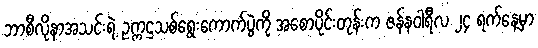
ဘာစီလိုနာအသင်းရဲ့ ဥက္ကဌသစ်ရွေးကောက်ပွဲကို အစောပိုင်းတုန်းက ဇန်နဝါရီလ ၂၄ ရက်နေ့မှာ